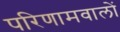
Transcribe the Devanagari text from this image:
परिणामवालों